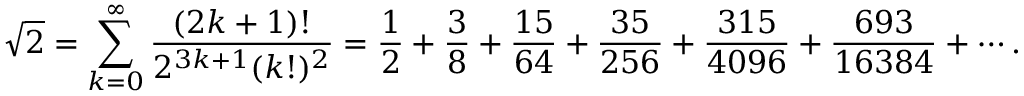
{ \sqrt { 2 } } = \sum _ { k = 0 } ^ { \infty } { \frac { ( 2 k + 1 ) ! } { 2 ^ { 3 k + 1 } ( k ! ) ^ { 2 } } } = { \frac { 1 } { 2 } } + { \frac { 3 } { 8 } } + { \frac { 1 5 } { 6 4 } } + { \frac { 3 5 } { 2 5 6 } } + { \frac { 3 1 5 } { 4 0 9 6 } } + { \frac { 6 9 3 } { 1 6 3 8 4 } } + \cdots .